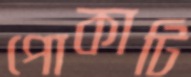
পোকাটি